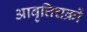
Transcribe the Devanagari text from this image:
आवृत्तिचक्रों